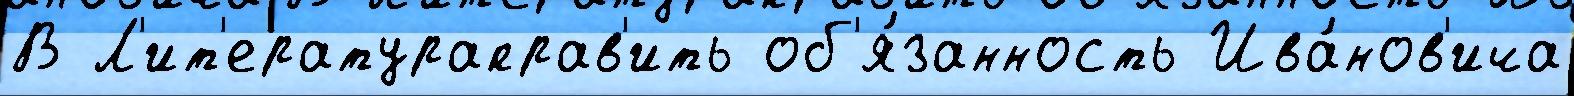
В Л'ит'ератураправ'ить об'я́занность Ива́нов'ича